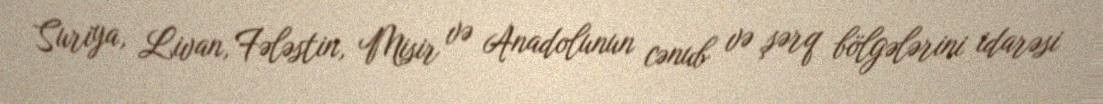
Suriya, Livan, Fələstin, Misir və Anadolunun cənub və şərq bölgələrini idarəsi